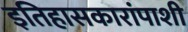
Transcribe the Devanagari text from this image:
इतिहासकारांपाशी